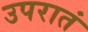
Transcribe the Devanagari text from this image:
उपरातं